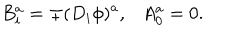
B _ { i } ^ { a } = \mp ( D _ { i } \phi ) ^ { a } , \ \ \ A _ { 0 } ^ { a } = 0 .